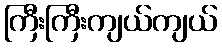
ကြီးကြီးကျယ်ကျယ်